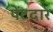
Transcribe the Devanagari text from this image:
पेंटदार